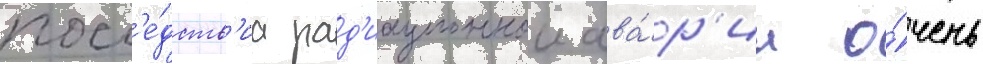
посл'е́дств'иа рад'иационнои ава́р'ии о́чень